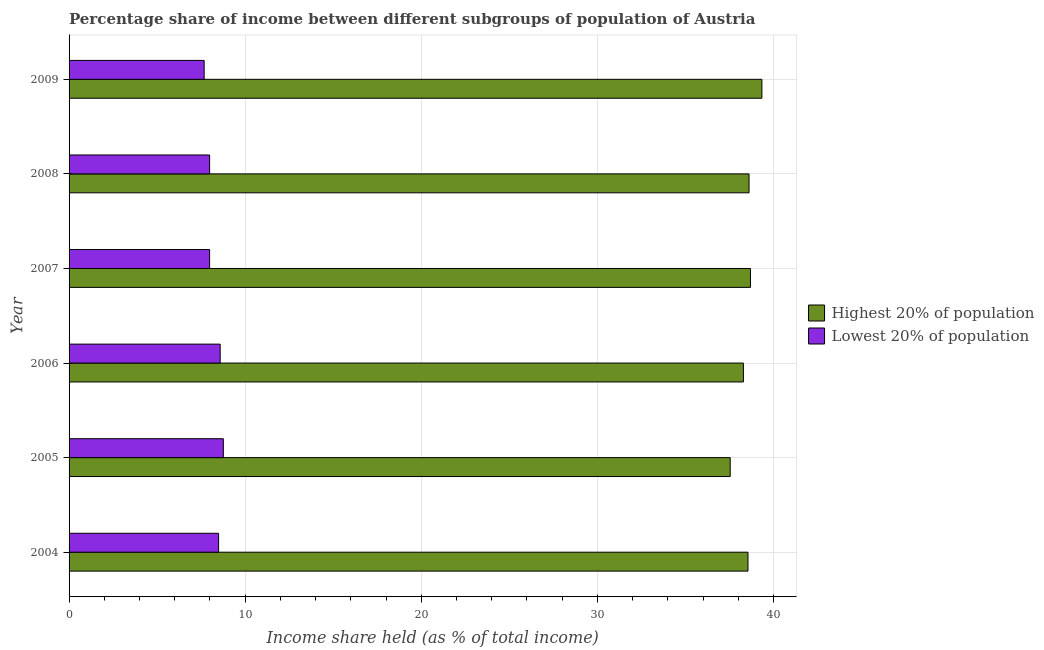
| Year | Highest 20% of population | Lowest 20% of population |
 | --- | --- | --- |
 | 2004 | 38.5 | 8.49 |
 | 2005 | 37.5 | 8.76 |
 | 2006 | 38.3 | 8.58 |
 | 2007 | 38.7 | 7.98 |
 | 2008 | 38.6 | 7.98 |
 | 2009 | 39.3 | 7.67 |